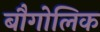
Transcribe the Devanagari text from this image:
बौगोलिक